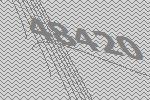
48420